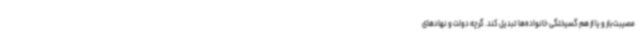
مصیبت‌بار و یا از هم گسیختگی خانواده‌ها تبدیل کند. گرچه دولت و نهادهای